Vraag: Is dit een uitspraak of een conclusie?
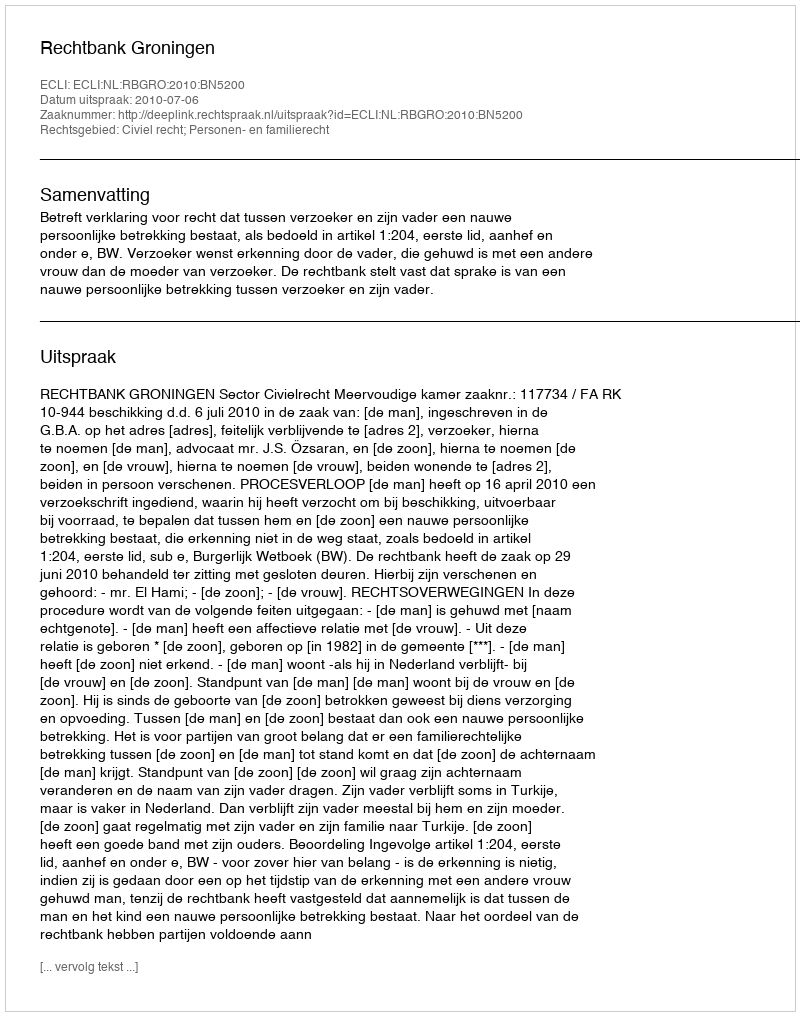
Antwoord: Uitspraak